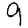
Digit: 9